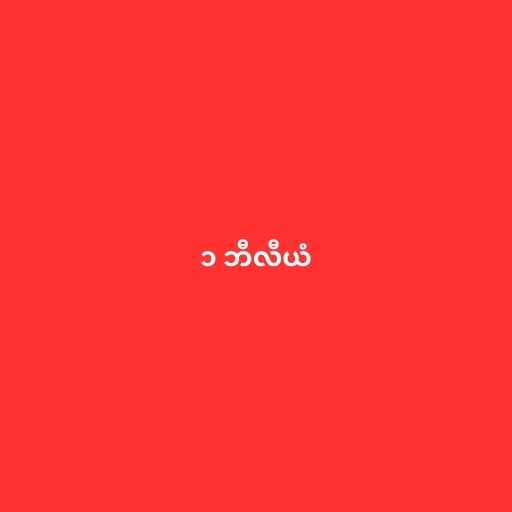
၁ ဘီလီယံ